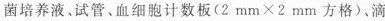
菌培养液﹑试管、血细胞计数板$$(2mm\times2mm方格)$$、滴